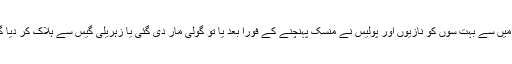
اِن میں سے بہت سوں کو نازیوں اور پولیس نے مِنسک پہنچنے کے فورا بعد یا تو گولی مار دی گئی یا زہریلی گیس سے ہلاک کر دیا گیا۔